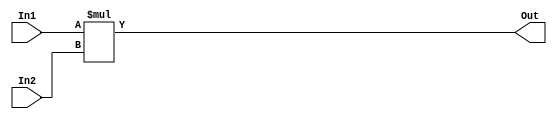
`timescale 1ns / 1ps

`define WL_Mult (WL1 > WL2) ? (2 * WL1) : (2 * WL2)

module Multiplier #(parameter WL1 = 4, WL2 = 4)
                   (input signed [WL1-1:0] In1, 
                    input signed [WL2-1:0] In2,   
                    output reg signed [`WL_Mult-1:0] Out);
    
    always @ (*) begin
        Out = In1 * In2;
    end
    
endmodule